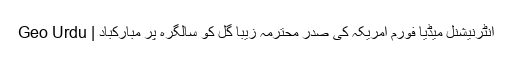
انٹرنیشنل میڈیا فورم امریکہ کی صدر محترمہ زیبا گل کو سالگرہ پر مبارکباد | Geo Urdu